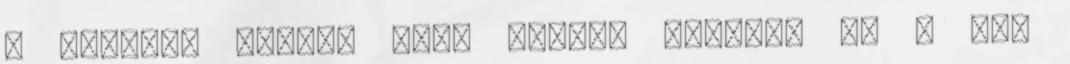
A cserére hozott üres palack méretre és a gáz